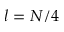
l = N / 4